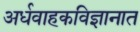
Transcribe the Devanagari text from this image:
अर्धवाहकविज्ञानात